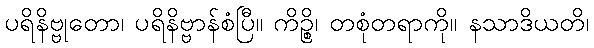
ပရိနိဗ္ဗုတော၊ ပရိနိဗ္ဗာန်စံပြီ။ ကိဉ္စိ၊ တစုံတရာကို။ နသာဒိယတိ၊